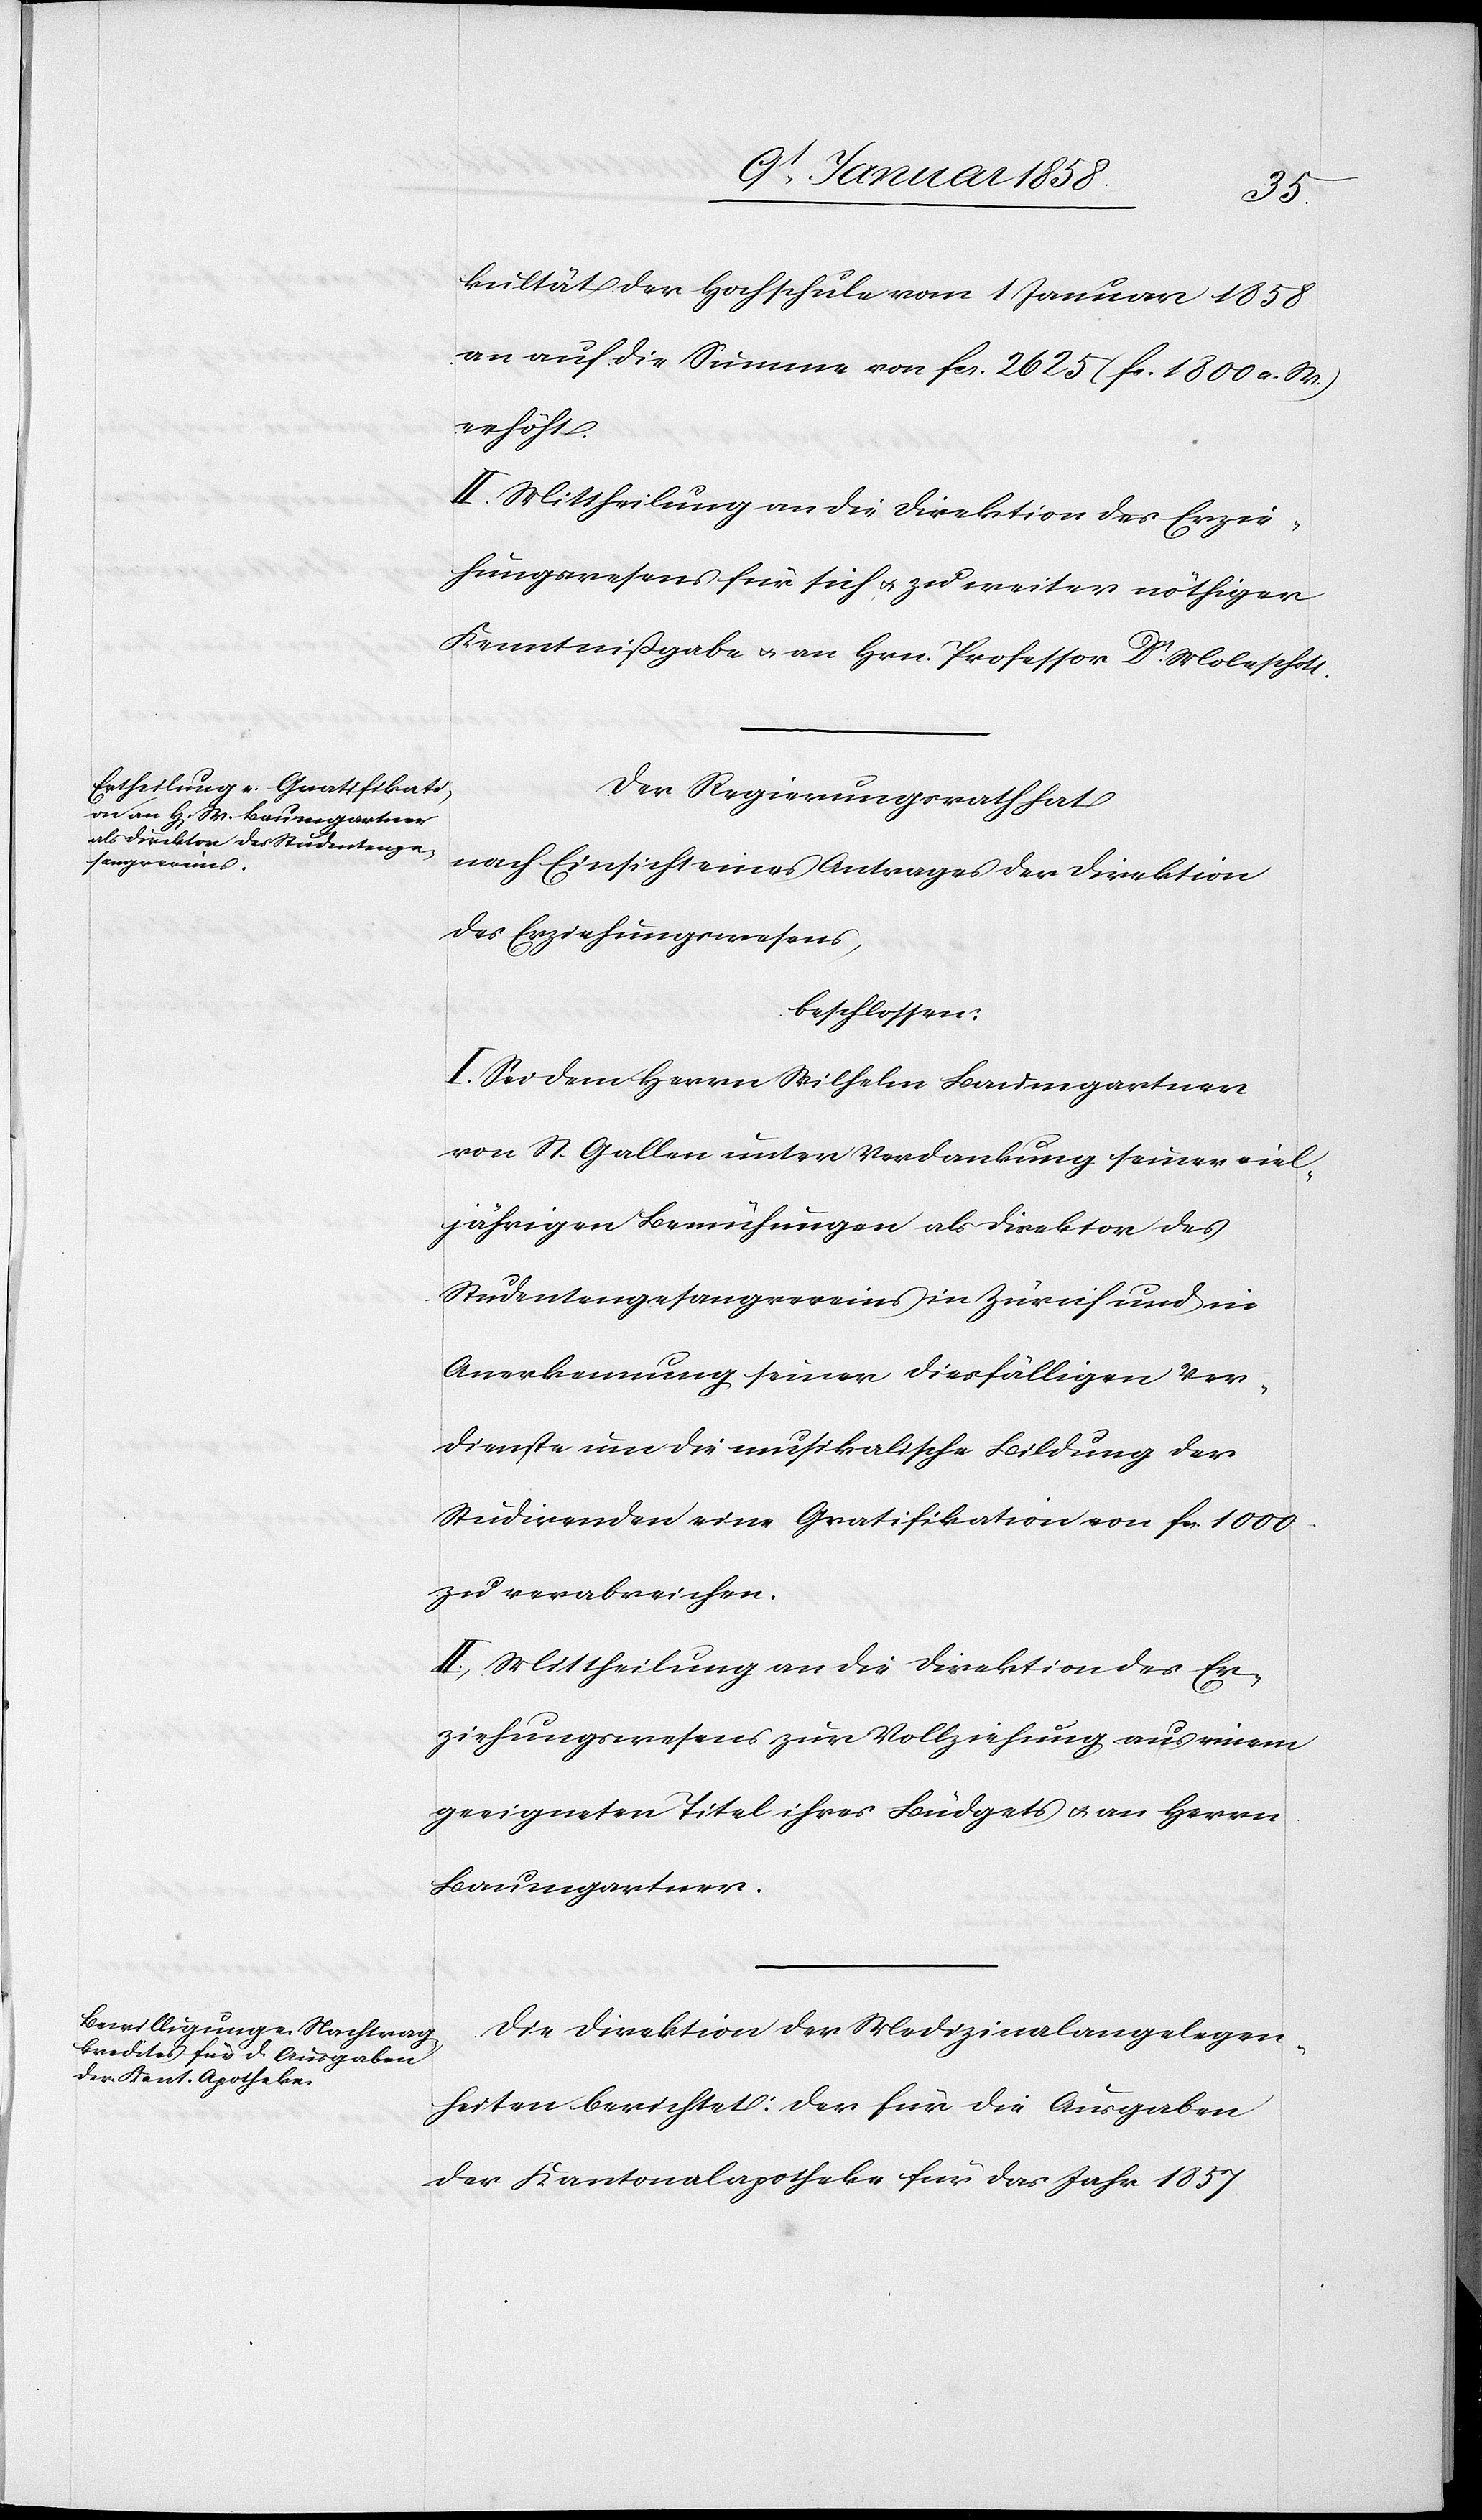
kultät der Hochschule vom 1 Januar 1858
an auf die Summe von fcs. 2625 (fs. 1800 a. M.)
erhöht.
II. Mittheilung an die Direktion des Erzie¬
hungswesens für sich u. zu weiter nöthiger
Kenntnißgabe u. an Hrn. Professor Dr. Moleschott.
Der Regierungsrath hat
nach Einsicht eines Antrages der Direktion
des Erziehungswesens,
beschlossen:
I. Sei dem Herrn Wilhelm Baumgartner
von St. Gallen unter Verdankung seiner viel¬
jährigen Bemühungen als Direktor des
Studentengesangvereins in Zürich und in
Anerkennung seiner diesfälligen Ver¬
dienste um die musikalische Bildung der
Studirenden eine Gratifikation von fcs. 1000
zu verabreichen.
II. Mittheilung an die Direktion des Er¬
ziehungswesens zur Vollziehung aus einem
geeigneten Titel ihres Büdgets u. an Herrn
Baumgartner.
Die Direktion der Medizinalangelegen¬
heiten berichtet: Der für die Ausgaben
der Kantonalapotheke für das Jahr 1857